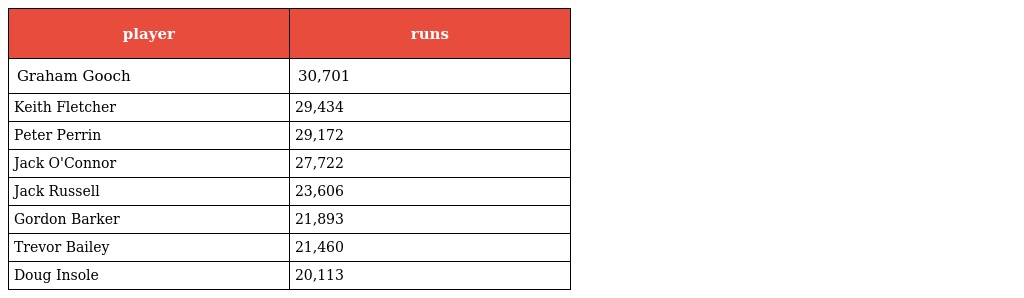
| player | runs |
 | --- | --- |
 | Graham Gooch | 30,701 |
 | Keith Fletcher | 29,434 |
 | Peter Perrin | 29,172 |
 | Jack O'Connor | 27,722 |
 | Jack Russell | 23,606 |
 | Gordon Barker | 21,893 |
 | Trevor Bailey | 21,460 |
 | Doug Insole | 20,113 |